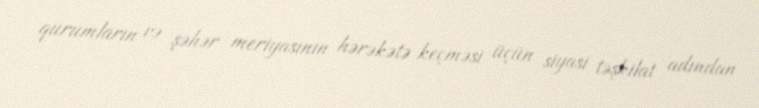
qurumların və şəhər meriyasının hərəkətə keçməsi üçün siyasi təşkilat adından